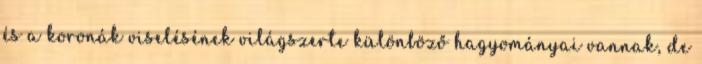
és a koronák viselésének világszerte különböző hagyományai vannak, de